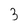
Character: 3